Indian journal of veterinary science and animal husbandry - Volumes 22-23, 1952-1953
Year: 1952
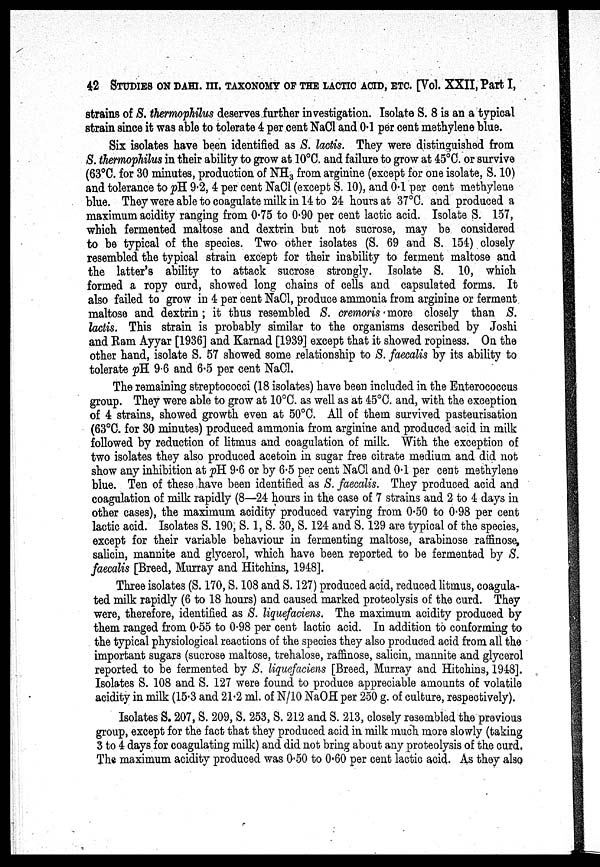
42 STUDIES ON DAHI. III. TAXONOMY OF THE LACTIC ACID. ETC. [Vol. XXII, Part I,
strains of S. thermophilus deserves further investigation. Isolate S. 8 is an a typical
strain since it was able to tolerate 4 per cent NaCl and 0.1 per cent methylene blue.
Six isolates have been identified as S. lactis. They were distinguished from
S. thermophilus in their ability to grow at 10°C. and failure to grow at 45°C. or survive
(63°C. for 30 minutes, production of NH 3 from arginine (except for one isolate, S. 10)
and tolerance to pH 9.2, 4 per cent NaCl (except S. 10), and 0.1 per cent methylene
blue. They were able to coagulate milk in 14 to 24 hours at 37°C. and produced a
maximum acidity ranging from 0.75 to 0.90 per cent lactic acid. Isolate S. 157,
which fermented maltose and dextrin but not sucrose, may be considered
to be typical of the species. Two other isolates (S. 69 and S. 154) closely
resembled the typical strain except for their inability to ferment maltose and
the latter's ability to attack sucrose strongly. Isolate S. 10, which
formed a ropy curd, showed long chains of cells and capsulated forms. It
also failed to grow in 4 per cent NaCl, produce ammonia from arginine or ferment
maltose and dextrin; it thus resembled S. cremoris more closely than S.
lactis. This strain is probably similar to the organisms described by Joshi
and Ram Ayyar [1936] and Karnad [1939] except that it showed ropiness. On the
other hand, isolate S. 57 showed some relationship to S. faecalis by its ability to
tolerate pH 9.6 and 6.5 per cent NaCl.
The remaining streptococci (18 isolates) have been included in the Enterococcus
group. They were able to grow at 10°C. as well as at 45°C. and, with the exception
of 4 strains, showed growth even at 50°C. All of them survived pasteurisation
(63°C. for 30 minutes) produced ammonia from arginine and produced acid in milk
followed by reduction of litmus and coagulation of milk. With the exception of
two isolates they also produced acetoin in sugar free citrate medium and did not
show any inhibition at pH 9.6 or by 6.5 per cent NaCl and 0.1 per cent methylene
blue. Ten of these have been identified as S. faecalis. They produced acid and
coagulation of milk rapidly (8—24 hours in the case of 7 strains and 2 to 4 days in
other cases), the maximum acidity produced varying from 0.50 to 0.98 per cent
lactic acid. Isolates S. 190, S. 1, S. 30, S. 124 and S. 129 are typical of the species,
except for their variable behaviour in fermenting maltose, arabinose raffinose,
salicin, mannite and glycerol, which have been reported to be fermented by 8.
faecalis [Breed, Murray and Hitchins, 1948].
Three isolates (S. 170, S. 108 and S. 127) produced acid, reduced litmus, coagula-
ted milk rapidly (6 to 18 hours) and caused marked proteolysis of the curd. They
were, therefore, identified as S. liquefaciens. The maximum acidity produced by
them ranged from 0.55 to 0.98 per cent lactic acid. In addition to conforming to
the typical physiological reactions of the species they also produced acid from all the
important sugars (sucrose maltose, trehalose, raffinose, salicin, mannite and glycerol
reported to be fermented by S. liquefaciens [Breed, Murray and Hitchins, 1948].
Isolates S. 108 and S. 127 were found to produce appreciable amounts of volatile
acidity in milk (15.3 and 21.2 ml. of N/10 NaOH per 250 g. of culture, respectively).
Isolates S. 207, S. 209, S. 253, S. 212 and S. 213, closely resembled the previous
group, except for the fact that they produced acid in milk much more slowly (taking
3 to 4 days for coagulating milk) and did not bring about any proteolysis of the curd.
The maximum acidity produced was 0.50 to 0.60 per cent lactic acid. As they also